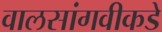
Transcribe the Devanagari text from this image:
वालसांगवीकडे